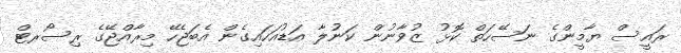
ރައީސް ޔާމީންގެ ނަސޭހަތް ކޮޅު ޒުވާނުން ކަނުލާ އަޑުއަހައިގެން އެބަޖެހޭ މިރާއްޖޭގެ ރިސޯރޓް